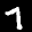
Label: 7